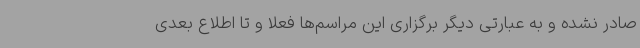
صادر نشده و به عبارتی دیگر برگزاری این مراسم‌ها فعلا و تا اطلاع بعدی